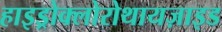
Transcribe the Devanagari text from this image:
हाइड्रोक्लोरोथायज़ाइड